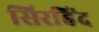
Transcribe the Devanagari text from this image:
सिरहिंद